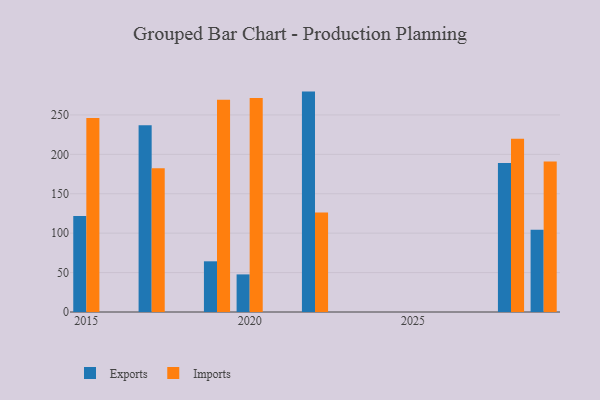
{"axis": {"x": "Year", "y": "Conversion Rate (%)"}, "legend": ["Exports", "Imports"], "data": [{"x": "2017", "y": 236.9, "type": "Exports"}, {"x": "2017", "y": 182.3, "type": "Imports"}, {"x": "2019", "y": 64.3, "type": "Exports"}, {"x": "2019", "y": 269.4, "type": "Imports"}, {"x": "2015", "y": 121.7, "type": "Exports"}, {"x": "2015", "y": 246.0, "type": "Imports"}, {"x": "2022", "y": 279.6, "type": "Exports"}, {"x": "2022", "y": 126.3, "type": "Imports"}, {"x": "2020", "y": 47.7, "type": "Exports"}, {"x": "2020", "y": 271.6, "type": "Imports"}, {"x": "2028", "y": 189.1, "type": "Exports"}, {"x": "2028", "y": 219.8, "type": "Imports"}, {"x": "2029", "y": 104.4, "type": "Exports"}, {"x": "2029", "y": 190.9, "type": "Imports"}]}